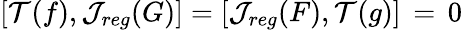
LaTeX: [{\cal T}(f),{\cal J}_{reg}(G)]=[{\cal J}_{reg}(F),{\cal T}(g)]\, =\, 0